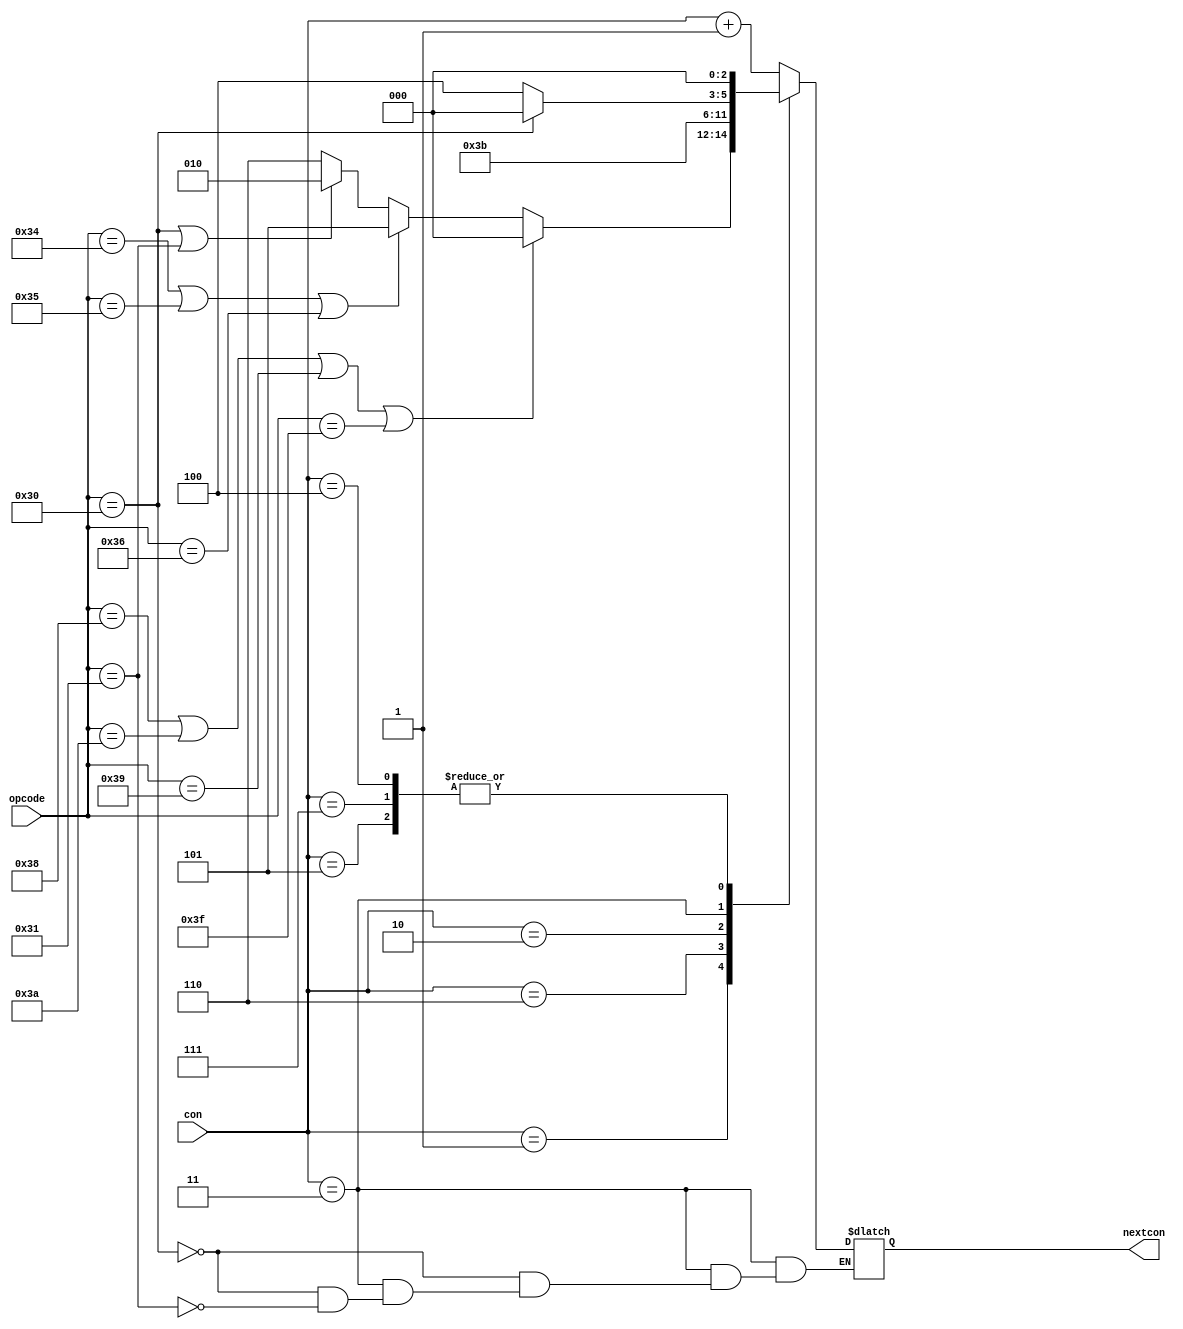
`timescale 1ns / 1ps
//////////////////////////////////////////////////////////////////////////////////
// Company: 
// Engineer: 
// 
// Design Name: 
// Module Name: nextCondition
// Project Name: 
// Target Devices: 
// Tool Versions: 
// Description: 
// 
// Dependencies: 
// 
// Revision:
// Revision 0.01 - File Created
// Additional Comments:
// 
//////////////////////////////////////////////////////////////////////////////////


module nextCondition(con, opcode, nextcon);
    input[2:0] con;
    input[5:0] opcode;
    output reg [2:0] nextcon;
    always@(con) begin
        case(con)
            3'b000:nextcon = con + 1;
            3'b001:if(opcode == 6'b111000 || opcode == 6'b111010 || opcode == 6'b111001 || opcode == 6'b111111)
                        nextcon = 3'b000;
                    else if(opcode == 6'b110100 || opcode == 6'b110101 || opcode == 6'b110110)
                        nextcon = 3'b101;
                    else if(opcode == 6'b110000 || opcode == 6'b110001)
                        nextcon = 3'b010;
                    else
                        nextcon = 3'b110;
            3'b110:nextcon = 3'b111;
            3'b101:nextcon = 3'b000;           
            3'b010:nextcon = 3'b011;
            3'b011:if(opcode == 6'b110000)
                        nextcon=3'b000;
                    else if(opcode ==6'b110001)
                        nextcon=3'b100;
            3'b111:nextcon = 3'b000;
            3'b100:nextcon = 3'b000;
        endcase
    end
endmodule